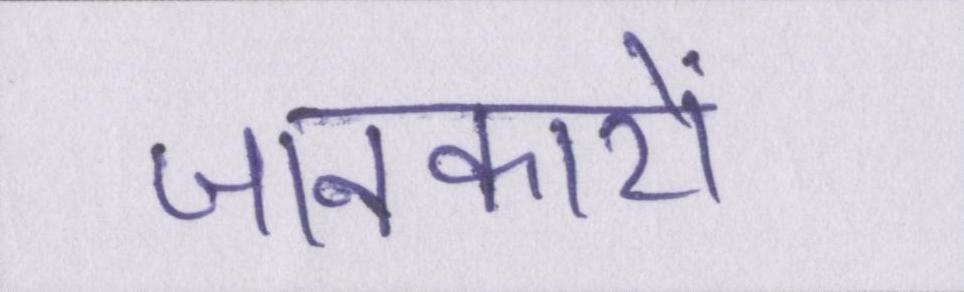
जानकारों